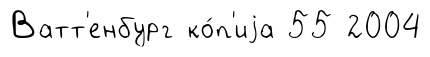
Ватт'енбург ко́п'иjа 55 2004